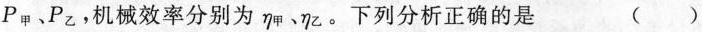
P_{甲}、P_{乙}机械效率分别为\eta _{甲}、\eta _{乙}。下列分析正确的是 ()